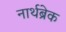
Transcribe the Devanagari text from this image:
नार्थब्रेक